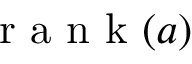
\mathrm { ~ r ~ a ~ n ~ k ~ } ( a )